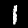
Label: 1